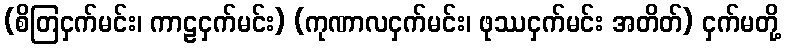
(စိတြငှက်မင်း၊ ကာဠငှက်မင်း) (ကုဏာလငှက်မင်း၊ ဖုဿငှက်မင်း အတိတ်) ငှက်မတို့